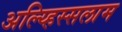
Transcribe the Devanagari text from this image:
अल्य्हिस्सलाम